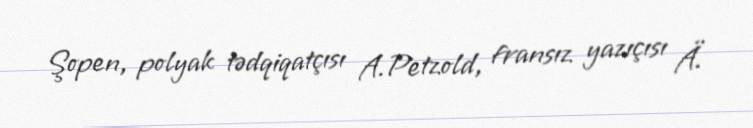
Şopen, polyak tədqiqatçısı A.Petzold, fransız yazıçısı Ä.